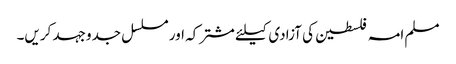
مسلم امہ فلسطین کی آزادی کیلئے مشترکہ اور مسلسل جدوجہد کریں۔